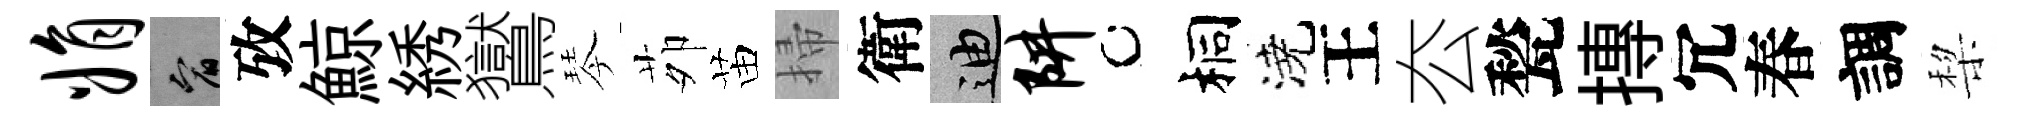
娟宥攷鯨綉鸑琴茆苗掃衛迪阱桐澆王厺甃摶冗春調棃